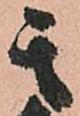
其